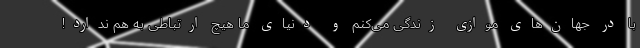
با در جهان‌های موازی زندگی می‌کنم و دنیای ما هیچ ارتباطی به هم ندارد!